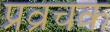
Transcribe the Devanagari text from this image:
प्रव्रचक